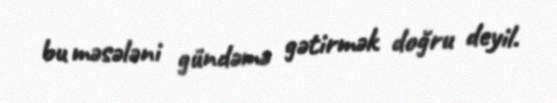
bu məsələni gündəmə gətirmək doğru deyil.